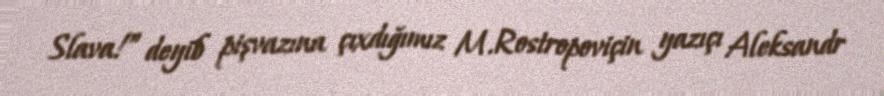
Slava!” deyib pişvazına çıxdığımız M.Rostropoviçin yazıçı Aleksandr